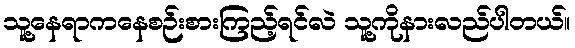
သူ့နေရာကနေစဉ်းစားကြည့်ရင်လဲ သူ့ကိုနားလည်ပါတယ်။